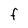
Character: f